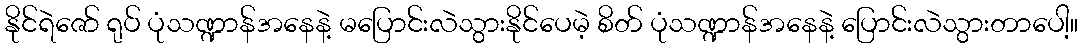
နိုင်ရဲဇော် ရုပ် ပုံသဏ္ဍာန်အနေနဲ့ မပြောင်းလဲသွားနိုင်ပေမဲ့ စိတ် ပုံသဏ္ဍာန်အနေနဲ့ ပြောင်းလဲသွားတာပေါ့။